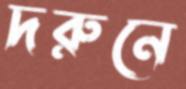
দরুনে